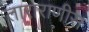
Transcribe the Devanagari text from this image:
ताराराणीस